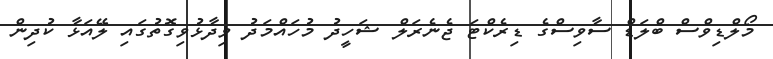
މޯލްޑިވްސް ބްލަޑް ސާވިސްގެ ޑިރެކްޓަ ޖެނެރަލް ޝަހީދު މުހައްމަދު ވިދާޅުވިގޮތުގައި ލޭއަޅާ ކުދިން